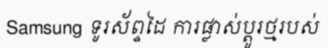
Samsung ទូរស័ព្ទដៃ ការផ្លាស់ប្តូរថ្មរបស់